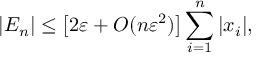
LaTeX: | E _ { n } | \leq { \big [ } 2 \varepsilon + O ( n \varepsilon ^ { 2 } ) { \big ] } \sum _ { i = 1 } ^ { n } | x _ { i } | ,